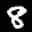
Label: 8